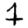
Digit: 7